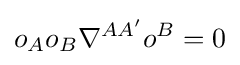
o_{A}o_{B}\nabla ^{AA'}o^{B}=0